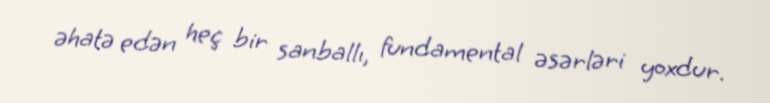
əhatə edən heç bir sanballı, fundamental əsərləri yoxdur.